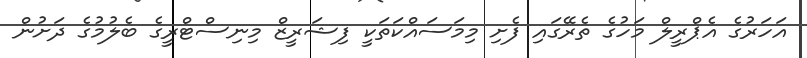
އަހަރުގެ އެޕްރީލް މަހުގެ ތެރޭގައި ފެށި މިމަސައްކަތަކީ ފިޝަރީޒް މިނިސްޓްރީގެ ބެލުމުގެ ދަށުން